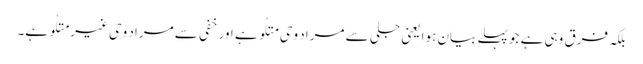
بلکہ فرق وہی ہے جو پہلے بیان ہوا یعنی جلی سے مراد وحی متلُو ہے اور خفی سے مراد وحی غیر متلُو ہے۔